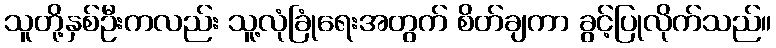
သူတို့နှစ်ဦးကလည်း သူ့လုံခြုံရေးအတွက် စိတ်ချကာ ခွင့်ပြုလိုက်သည်။